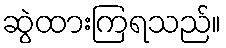
ဆွဲထားကြရသည်။